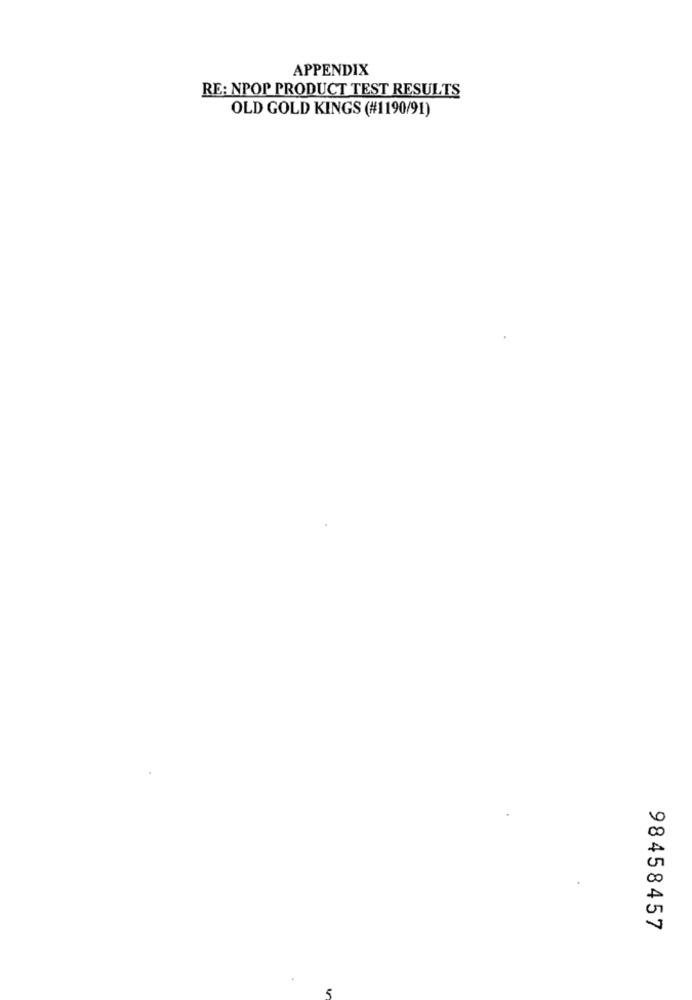
APPENDIX
RE: NPOP PRODUCT TEST RESULTS
OLD GOLD KINGS (#1190/91)
98458457